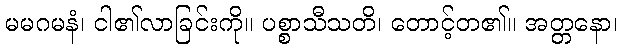
မမဂမနံ၊ ငါ၏လာခြင်းကို။ ပစ္စာသီသတိ၊ တောင့်တ၏။ အတ္တနော၊